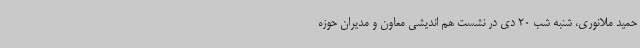
حمید ملانوری، شنبه شب 20 دی در نشست هم اندیشی معاون و مدیران حوزه